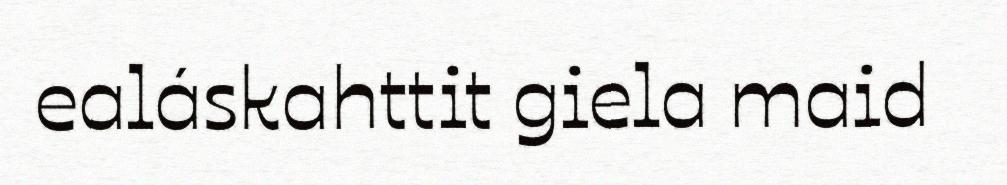
ealáskahttit giela maid